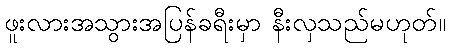
ဖူးလားအသွားအပြန်ခရီးမှာ နီးလှသည်မဟုတ်။